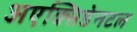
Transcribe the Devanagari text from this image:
अएक्सिडेनटल